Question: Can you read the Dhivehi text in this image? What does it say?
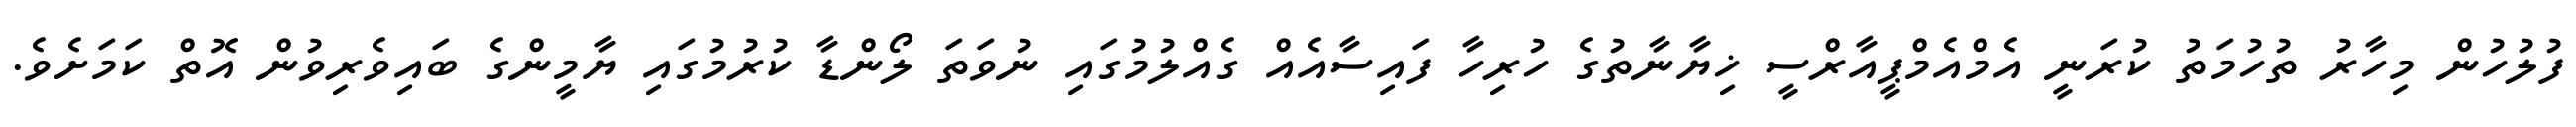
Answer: ފުލުހުން މިހާރު ތުހުމަތު ކުރަނީ އެމްއެމްޕީއާރްސީ ޚިޔާނާތުގެ ހުރިހާ ފައިސާއެއް ގެއްލުމުގައި ނުވަތަ ލޯންޑާ ކުރުމުގައި ޔާމީންގެ ބައިވެރިވުން އޮތް ކަމަށެވެ.